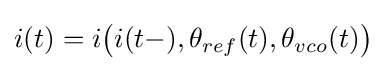
i(t)=i{\big (}i(t-),\theta _{ref}(t),\theta _{vco}(t){\big )}